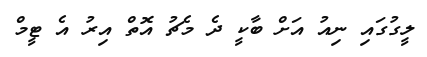
ލީގުގައި ނިއު އަށް ބާކީ ދެ މެޗު އޮތް އިރު އެ ޓީމް